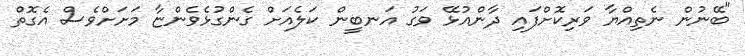
"ބޭނުން ނެތިއްޔާ ވަރިކޮށްފައި ދާންއުޅޭ ވަގު އަނބީން ކަލެއަށް ގެންގުޅެވެންޏާ މަށަށްވެސް އެގޮތް